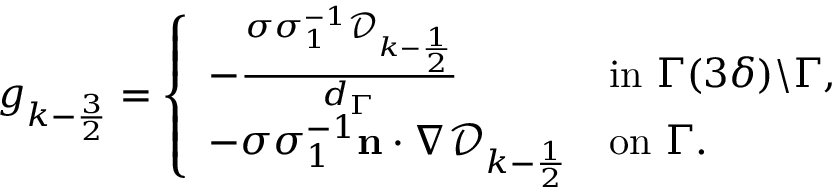
\begin{array} { r } { g _ { k - \frac { 3 } { 2 } } = \left\{ \begin{array} { l l } { - \frac { \sigma \sigma _ { 1 } ^ { - 1 } \mathcal { D } _ { k - \frac { 1 } { 2 } } } { d _ { \Gamma } } } & { \mathrm { i n ~ } \Gamma ( 3 \delta ) \backslash \Gamma , } \\ { - \sigma \sigma _ { 1 } ^ { - 1 } \mathbf { n } \cdot \nabla \mathcal { D } _ { k - \frac { 1 } { 2 } } } & { \mathrm { o n ~ } \Gamma . } \end{array} \right. } \end{array}